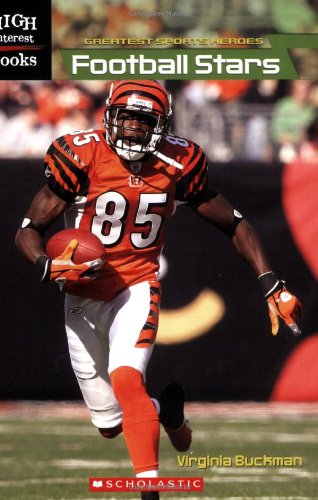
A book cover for Football Stars (High Interest Books: Greatest Sports Heroes); Virginia Buckman; Teen & Young Adult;